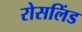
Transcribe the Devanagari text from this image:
रोसलिंड